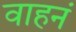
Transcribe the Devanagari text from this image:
वाहनं